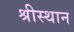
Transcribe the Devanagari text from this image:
श्रीस्थान